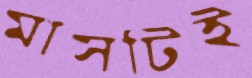
মাসটিই